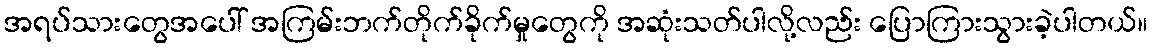
အရပ်သားတွေအပေါ် အကြမ်းဘက်တိုက်ခိုက်မှုတွေကို အဆုံးသတ်ပါလို့လည်း ပြောကြားသွားခဲ့ပါတယ်။